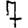
Digit: 7